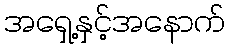
အရှေ့နှင့်အနောက်